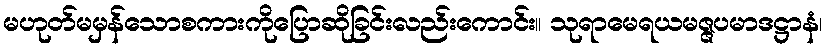
မဟုတ်မမှန်သောစကားကိုပြောဆိုခြင်းလည်းကောင်း။ သုရာမေရယမဇ္ဇပမာဒဋ္ဌာနံ၊